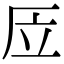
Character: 㕇